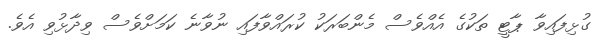
ގުޅިފައިވާ ޕާޓީ ތަކުގެ އެއްވެސް މެންބަރަކު ކުރައްވާފައި ނުވާނެ ކަމަށްވެސް ވިދާޅުވި އެވެ.